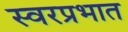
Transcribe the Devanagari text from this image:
स्वरप्रभात